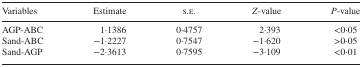
| Variables | Estimate | s.e. | Z‐value | P‐value |
 | --- | --- | --- | --- | --- |
 | AGP‐ABC | 1·1386 | 0·4757 | 2·393 | <0·05 |
 | Sand‐ABC | −1·2227 | 0·7547 | −1·620 | >0·05 |
 | Sand‐AGP | −2·3613 | 0·7595 | −3·109 | <0·01 |